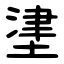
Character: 堻